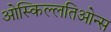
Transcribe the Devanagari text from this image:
ओस्किल्लतिओन्स